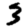
Digit: 3